King Institute of Preventive Medicine Micro-Biological Section reports 1912-19
Year: 1912
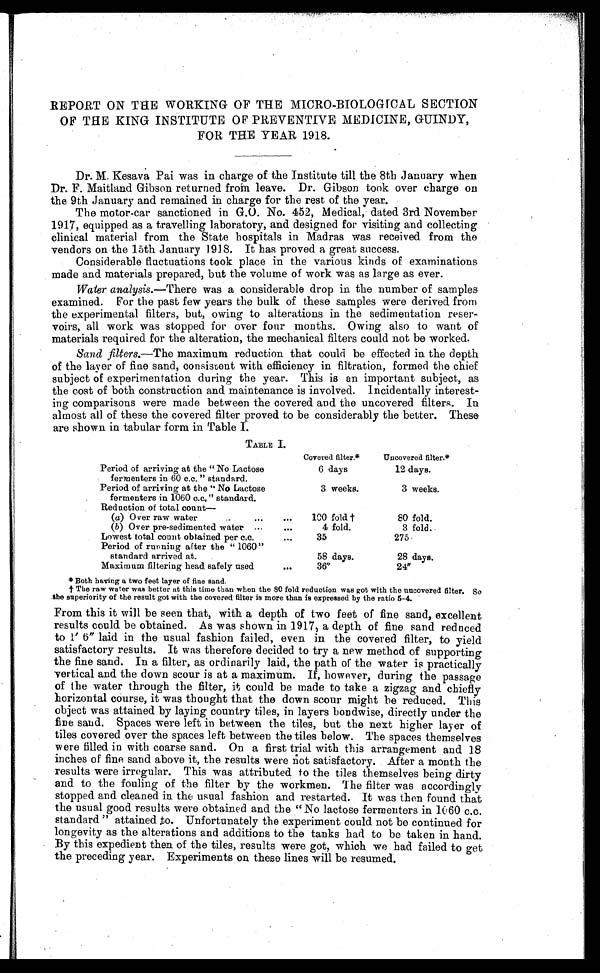
REPORT ON THE WORKING OF THE MICRO-BIOLOGICAL SECTION
OF THE KING INSTITUTE OF PREVENTIVE MEDICINE, GUINDY,
FOR THE YEAR 1918.
Dr.M. Kesava Pai was in charge of the Institute till the 8th January when
Dr. F. Maitland Gibson returned from leave. Dr.Gibson took over charge on
the 9th January and remained in charge for the rest of the year.
The motor-car sanctioned in G.O.No.452, Medical, dated 3rd November
1917, equipped as a travelling laboratory, and designed for visiting and collecting
clinical material from the State hospitals in Madras was received from the
vendors on the 15th January 1918. It has proved a great success.
Considerable fluctuations took place in the various kinds of examinations
made and materials prepared, but the volume of work was as large as ever.
Water analysis.— There was a considerable drop in the number of samples
examined. For the past few years the bulk of these samples were derived from
the experimental filters, but, owing to alterations in the sedimentation reser--
voirs, all work was stopped for over four months. Owing also to want of
materials required for the alteration, the mechanical filters could not be worked.
Sand filters.—The maximum reduction that could be effected in the depth
of the layer of fine sand, consistent with efficiency in filtration, formed the chief
subject of experimentation during the year. This is an important subject, as
the cost of both construction and maintenance is involved. Incidentally interest--
ing comparisons were made between the covered and the uncovered filters. In
almost all of these the covered filter proved to be considerably the better. These
are shown in tabular form in Table I.
TABLE I.
Period of arriving at the " No Lactose
fermenters in 60 c.c. " standard.
Covered filter.*
Uncovered fi l ter.*
6 days
12 days.
Period of arriving at the " No Lactose
fermenters in 1060 c.c." standard.
3 weeks.
3 weeks.
Reduction of total count—
(a) Over raw water . . .
100 fold †
80 fold.
(b) Over pre-sedimented water . . .
4 fold.
3 fold.
Lowest total count obtained per c.c. . . .
35
275
Period of running after the "1060"
standard arrived at.
58 days.
2 8 d a y s .
Maximum filtering head safely used . . .
36"
24"
* Both having a two feet layer of fine sand.
† The raw water was better at this time than when the 80 fold reduction was got with the uncovered filter. So
the superiority of the result got with the covered filter is more than is expressed by the ratio 5-4.
From this it will be seen that, with a depth of two feet of fine sand, excellent
results could be obtained. As was shown in 1917, a depth of fine sand reduced
t o 1 ' 6 " l a i d i n t h e u s u a l f a s h i o n f a i l e d , e v e n i n t h e c o v e r e d f i l t e r , t o y i e l d
satisfactory results. It was therefore decided to try a new method of supporting
the fine sand. In a filter, as ordinarily laid, the path of the water is practically
vertical and the down scour is at a maximum. If, however, during the passage
of the water through the filter, it could be made to take a zigzag and chiefly
horizontal course, it was thought that the down scour might be reduced. This
object was attained by laying country tiles, in layers bondwise, directly under the
fine sand. Spaces were left in between the tiles, but the next higher layer of
tiles covered over the spaces left between the tiles below. The spaces themselves
were filled in with coarse sand. On a first trial with this arrangement and 18
inches of fine sand above it, the results were not satisfactory. After a month the
results were irregular. This was attributed to the tiles themselves being dirty
and to the fouling of the filter by the workmen. The filter was accordingly
stopped and cleaned in the usual fashion and restarted. It was then found that
the usual good results were obtained and the "No lactose fermenters in 1060 c.c.
standard" attained to. Unfortunately the experiment could not be continued for
longevity as the alterations and additions to the tanks had to be taken in hand.
By this expedient then of the tiles, results were got, which we had failed to get
the preceding year. Experiments on these lines will be resumed.